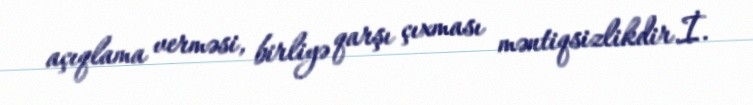
açıqlama verməsi, birliyə qarşı çıxması məntiqsizlikdir.İ.